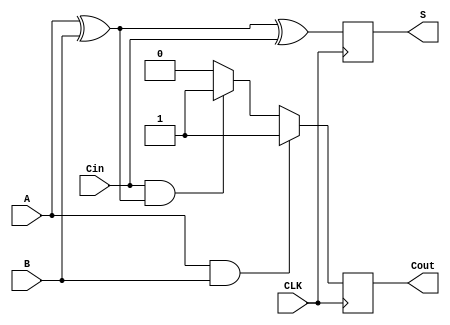
module dynamic_full_adder (
    input wire A,        // Input A
    input wire B,        // Input B
    input wire Cin,      // Carry-in
    input wire CLK,      // Clock signal
    output reg S,        // Sum output
    output reg Cout      // Carry-out output
);

    // Internal signals for precharge and evaluate phases
    reg S_precharge, Cout_precharge;

    // Precharge phase
    always @(negedge CLK) begin
        // During the precharge phase, set outputs to high
        S_precharge <= 1'b1; 
        Cout_precharge <= 1'b1;
    end

    // Evaluate phase
    always @(posedge CLK) begin
        // Calculate the outputs based on input signals
        S = S_precharge; // Start with precharged value
        Cout = Cout_precharge; // Start with precharged value

        // Evaluate logic for Sum (S) and Carry-out (Cout)
        if (A && B) begin
            Cout = 1'b1; // A and B are both 1, so Cout is 1
        end else if (Cin && (A ^ B)) begin
            Cout = 1'b1; // Cin is 1 and A xor B is 1, so Cout is 1
        end else begin
            Cout = 1'b0; // Otherwise, Cout is 0
        end

        // Calculate Sum S
        S = A ^ B ^ Cin; // S = A xor B xor Cin
    end

endmodule